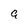
Character: a